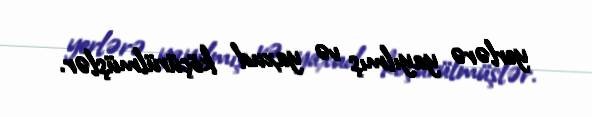
yerlərə yayılmış və yaxud köçürülmüşlər.